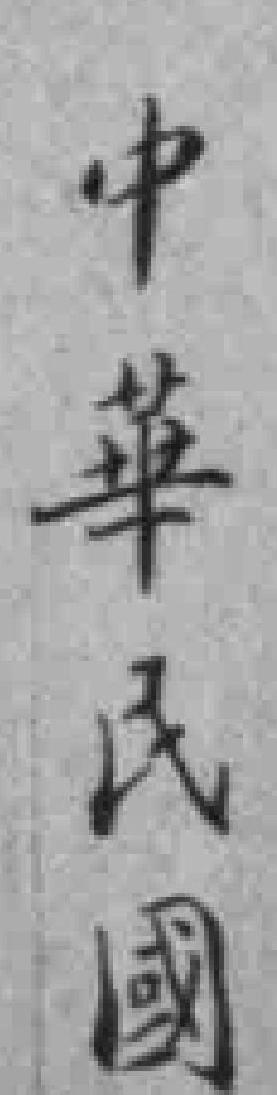
中華民國